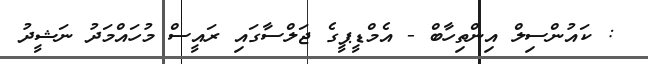
: ކައުންސިލް އިންތިހާބް - އެމްޑީޕީގެ ޖަލްސާގައި ރައީސް މުހައްމަދު ނަޝީދު